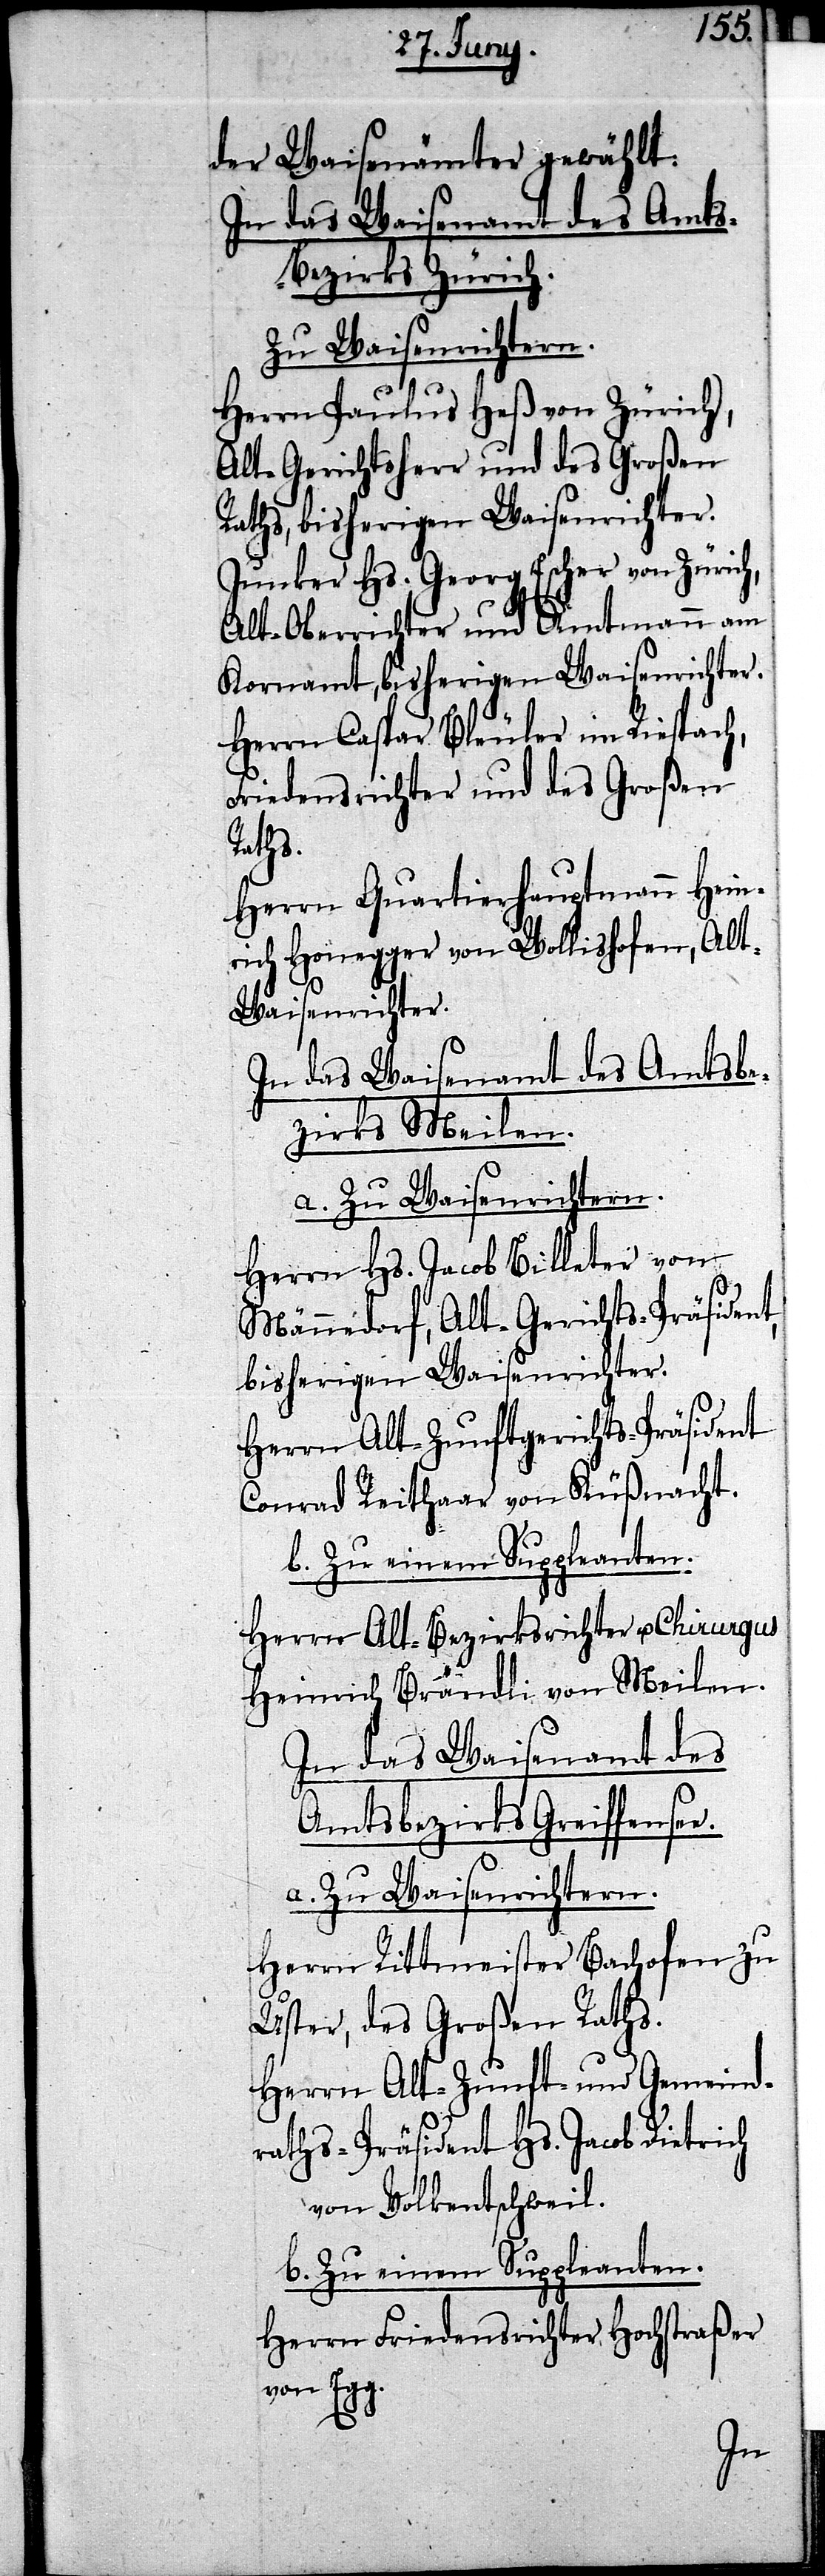
der Waisenämter gewählt:
In das Waisenamt des Amt¬
s-Bezirks Zürich.
Zu Waisenrichtern.
Herrn Paulus Heß von Zürich,
Alt-Gerichtsherr und des Großen
Raths, bisherigen Waisenrichter.
Junker Hs. Georg Escher von Züric¬
h, Alt-Oberrichter und Amtmann am
Kornamt, bisherigen Waisenrichter.
Herrn Caspar Bleuler im Riespach,
Friedensrichter und des Großen
Raths.
Herrn Quartierhauptmann Hein¬
rich Honegger von Wollishofen, Alt-W¬
aisenrichter.
In das Waisenamt des Amtsbe¬
zirks Meilen.
a. Zu Waisenrichtern.
Herrn Hs. Jacob Billeter von
Männedorf, Alt-Gerichts-Präsident,
bisherigen Waisenrichter.
Herrn Alt-Zunftgerichts-Präsident
Conrad Reithaar von Küßnacht.
Herrn Alt-Bezirksrichter u. Chirurgus
Heinrich Brändli von Meilen.
In das Waisenamt des
Amtsbezirks Greiffense¬
Herrn Rittmeister Bachofen zu
Uster, des Großen Raths.
Herrn Alt-Zunft- und Gemeind¬
raths-Präsident Hs. Jacob Dietrich
von Volkentschweil.
b. Zu einem Suppleanten.
Herrn Friedensrichter Hochstraßer
von Egg.
e.